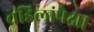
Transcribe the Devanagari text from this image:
वडिलांपेक्षा